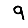
Digit: 9